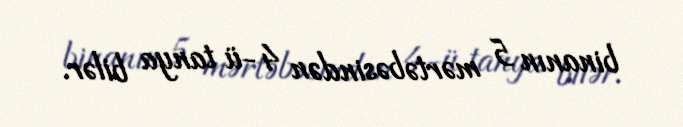
binanın 5 mərtəbəsindən 4-ü tanya bilər.